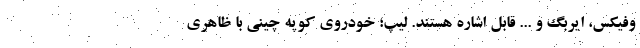
وفیکس، ایربگ و ... قابل اشاره هستند. لیپ؛ خودروی کوپه چینی با ظاهری